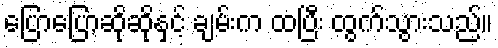
ပြောပြောဆိုဆိုနှင့် ချမ်းက ထပြီး ထွက်သွားသည်။